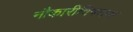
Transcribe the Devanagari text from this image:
नौकारीविषयक